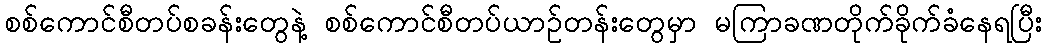
စစ်ကောင်စီတပ်စခန်းတွေနဲ့ စစ်ကောင်စီတပ်ယာဥ်တန်းတွေမှာ မကြာခဏတိုက်ခိုက်ခံနေရပြီး